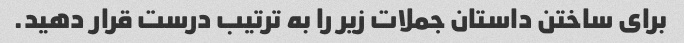
برای ساختن داستان جملات زیر را به ترتیب درست قرار دهید.